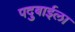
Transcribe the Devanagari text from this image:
पदुबाईला